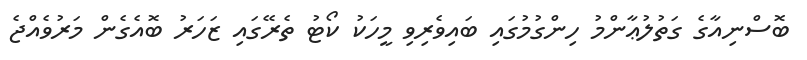
ބޮސްނިއާގެ ގަތުލުޢާންމު ހިންގުމުގައި ބައިވެރިވި މީހަކު ކޯޓު ތެރޭގައި ޒަހަރު ބޮއެގެން މަރުވެއްޖެ